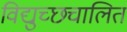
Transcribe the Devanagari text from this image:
विद्युच्छचालित